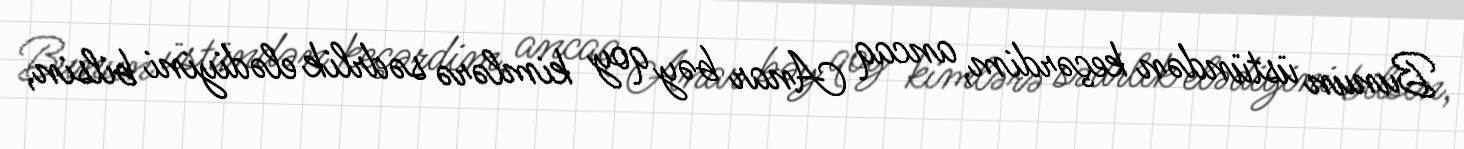
Bunun üstündən keçərdim, ancaq Anar bəy qoy kimlərə sədrlik elədiyini bilsin,